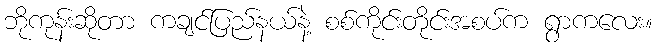
ဘိုကုန်းဆိုတာ ကချင်ပြည်နယ်နဲ့ စစ်ကိုင်းတိုင်းအစပ်က ရွာကလေး။